Report of the Indian Hemp Drugs Commission, 1894-1895 - Volume III
Year: 1894
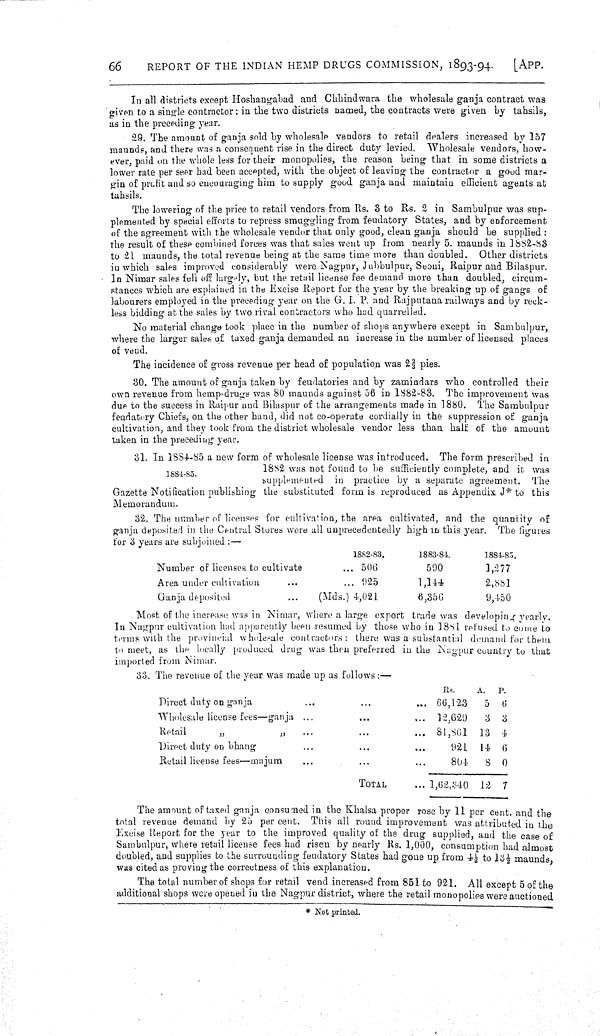
66
REPORT OF THE INDIAN HEMP DRUGS COMMISSION, 1893-94.
[APP.
In all districts except Hoshangabad and Chhindwara the wholesale ganja contract was
given to a single contractor: in the two districts named, the contracts were given by tahsils,
as in the preceding year.
29. The amount of ganja sold by wholesale vendors to retail dealers increased by 157
maunds, and there was a consequent rise in the direct duty levied. Wholesale vendors, how-
ever, paid on the whole less for their monopolies, the reason being that in some districts a
lower rate per seer had been accepted, with the object of leaving the contractor a good mar-
gin of profit and so encouraging him to supply good ganja and maintain efficient agents at
tahsils.
The lowering of the price to retail vendors from Rs. 3 to Rs. 2 in Sambulpur was sup-
plemented by special efforts to repress smuggling from feudatory States, and by enforcement
of the agreement with the wholesale vendor that only good, clean ganja should be supplied:
the result of these combined forces was that sales went up from nearly 5. maunds in 1882-83
to 21 maunds, the total revenue being at the same time more than doubled. Other districts
in which sales improved considerably were Nagpur, Jubbulpur, Seoni, Raipur and Bilaspur.
In Nimar sales fell off largely, but the retail license fee demand more than doubled, circum-
stances which are explained in the Excise Report for the year by the breaking up of gangs of
labourers employed in the preceding year on the G. I. P. and Rajputana railways and by reck-
less bidding at the sales by two rival contractors who had quarrelled.
No material change took place in the number of shops anywhere except in Sambulpur,
where the larger sales of taxed ganja demanded an increase in the number of licensed places
of vend.
The incidence of gross revenue per head of population was 22/3 pies.
30. The amount of ganja taken by feudatories and by zamindars who controlled their
own revenue from hemp-drugs was 80 maunds against 56 in 1882-83. The improvement was
due to the success in Raipur and Bilaspur of the arrangements made in 1880. The Sambulpur
feudatory Chiefs, on the other hand, did not co-operate cordially in the suppression of ganja
cultivation, and they took from the district wholesale vendor less than half of the amount
taken in the preceding year.
1884-85.
31. In 1884-85 a new form of wholesale license was introduced. The form prescribed in
1882 was not found to be sufficiently complete, and it was
supplemented in practice by a separate agreement. The
Gazette Notification publishing the substituted form is reproduced as Appendix J* to this
Memorandum.
32. The number of licenses for cultivation, the area cultivated, and the quantity of
ganja deposited in the Central Stores were all unprecedentedly high in this year. The figures
for 3 years are subjoined:—
1882-83.
1883-84.
1884-85.
Number of licenses to cultivate
506
590
1,277
Area under cultivation
925
1,144
2,881
Ganja deposited
(Mds.) 4,021
6,356
9,450
Most of the increase was in Nimar, where a large export trade was developing yearly.
In Nagpur cultivation had apparently been resumed by those who in 1881 refused to come to
terms with the provincial wholesale contractors: there was a substantial demand for them
to meet, as the locally produced drug was then preferred in the Nagpur country to that
imported from Nimar.
33. The revenue of the year was made up as follows:—
Rs.
A.
P.
Direct duty on ganja
66,123
5 6
Wholesale license fees—ganja
12,629
3 3
Retail
"
"
81,861 13 4
Direct duty on bhang
921 14 6
Retail license fees—majum
TOTAL
804
8 0
TOTAL
1,62,340 12 7
The amount of taxed ganja consumed in the Khalsa proper rose by 11 per cent. and the
total revenue demand by 25 per cent. This all round improvement was attributed in the
Excise Report for the year to the improved quality of the drug supplied, and the case of
Sambulpur, where retail license fees had risen by nearly Rs. 1,000, consumption had almost
doubled, and supplies to the surrounding feudatory States had gone up from 41/2 to 131/2 maunds,
was cited as proving the correctness of this explanation.
The total number of shops for retail vend increased from 851 to 921. All except 5 of the
additional shops were opened in the Nagpur district, where the retail monopolies were auctioned
*Not printed.